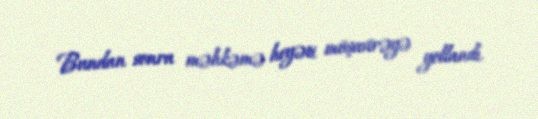
Bundan sonra məhkəmə heyəti müşavirəyə yollandı.